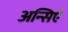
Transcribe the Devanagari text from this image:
अन्सिएँ